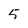
Character: 5